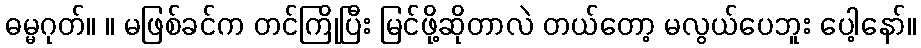
ဓမ္မဂုတ်။ ။ မဖြစ်ခင်က တင်ကြိုပြီး မြင်ဖို့ဆိုတာလဲ တယ်တော့ မလွယ်ပေဘူး ပေါ့နော်။